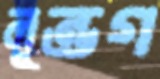
লুন্ডগ